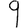
Digit: 9